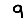
Digit: 9